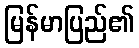
မြန်မာပြည်၏